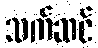
သက်ဆင်